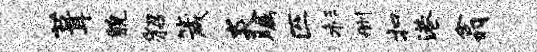
葺貌貂箴炎瞩匹杉删扣港翕